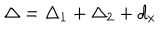
\Delta = \Delta _ { 1 } + \Delta _ { 2 } + d _ { x }